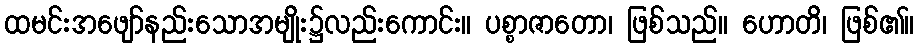
ထမင်းအဖျော်နည်းသောအမျိုး၌လည်းကောင်း။ ပစ္စာဇာတော၊ ဖြစ်သည်။ ဟောတိ၊ ဖြစ်၏။